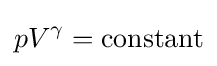
pV^{\gamma }={\text{constant}}